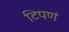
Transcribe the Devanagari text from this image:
टिपणं